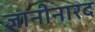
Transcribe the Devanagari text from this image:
ज्ञानीनारद